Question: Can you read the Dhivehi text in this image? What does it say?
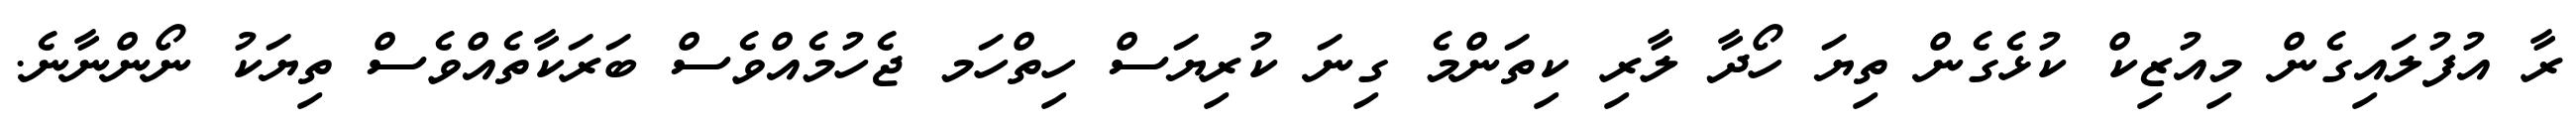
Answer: ރާ އުފުލައިގެން މިއުޒިކް ކުޅެގެން ތިޔަ ހޯދާ ލާރި ކިތަންމެ ގިނަ ކުރިޔަސް ހިތްހަމ ޖެހުމެއްވެސް ބަރަކާތެއްވެސް ތިޔަކު ނޯންނާނެ.